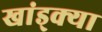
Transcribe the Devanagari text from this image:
खांड्क्या